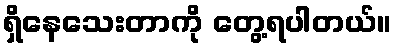
ရှိနေသေးတာကို တွေ့ရပါတယ်။